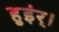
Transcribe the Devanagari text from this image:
हुइंर्।